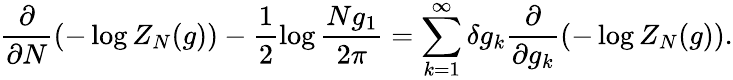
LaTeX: \frac{\partial}{\partial N}(-\log Z_{N}(g))-\frac{1}{2}\log\frac{Ng_{1}}{2\pi}=\sum_{k=1}^{\infty}\delta g_{k}\frac{\partial}{\partial g_{k}}(-\log Z_{N}(g)).